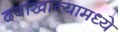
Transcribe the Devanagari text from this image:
दवाखान्यामध्ये